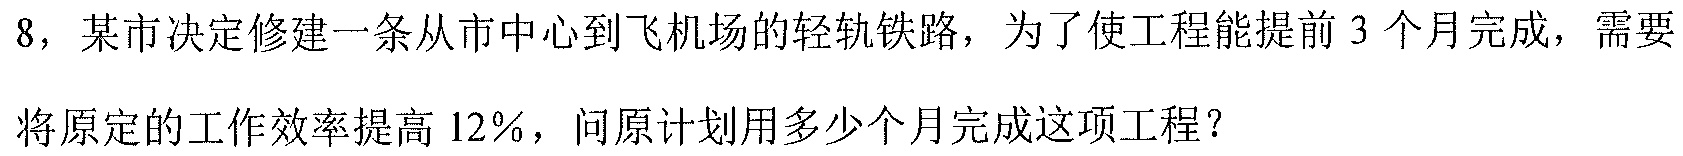
8，某市决定修建一条从市中心到飞机场的轻轨铁路，为了使工程能提前3个月完成，需要将原定的工作效率提高12％，问原计划用多少个月完成这项工程？